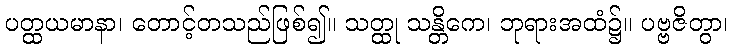
ပတ္ထယမာနာ၊ တောင့်တသည်ဖြစ်၍။ သတ္ထု သန္တိကေ၊ ဘုရားအထံ၌။ ပဗ္ဗဇိတွာ၊